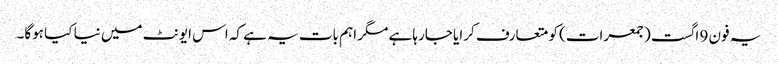
یہ فون 9 اگست (جمعرات) کو متعارف کرایا جارہا ہے مگر اہم بات یہ ہے کہ اس ایونٹ میں نیا کیا ہوگا۔